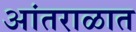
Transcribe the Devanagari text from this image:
आंतराळात